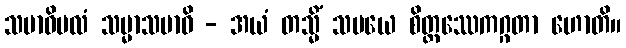
သမာဓိဗလံ သမ္မာသမာဓိ - အယံ တသ္မိံ သမယေ စိတ္တဿေကဂ္ဂတာ ဟောတိ။